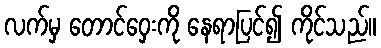
လက်မှ တောင်ဝှေးကို နေရာပြင်၍ ကိုင်သည်။